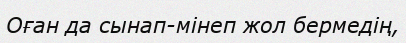
Оған да сынап-мінеп жол бермедің,